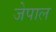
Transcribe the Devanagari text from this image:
जेपाल